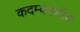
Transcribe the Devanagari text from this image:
कदम्बवंशीय